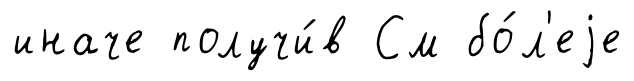
иначе получи́в См бо́л'еjе